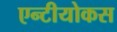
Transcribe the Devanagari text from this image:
एन्टीयोकस